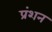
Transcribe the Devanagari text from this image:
प्रंशन